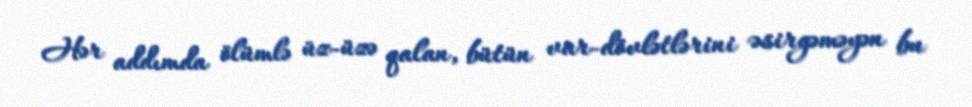
Hər addımda ölümlə üz-üzə qalan, bütün var-dövlətlərini əsirgəməyən bu